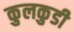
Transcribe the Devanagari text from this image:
कुलकुडी